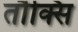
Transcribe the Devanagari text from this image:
तौक्सि